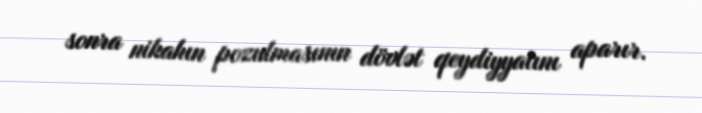
sonra nikahın pozulmasının dövlət qeydiyyatını aparır.